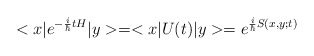
\begin{align*}<x|e^{-{i\over\hbar}tH}|y>=<x|U(t)|y>=e^{{i\over\hbar}S(x,y;t)}\end{align*}